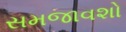
સમજાવશો